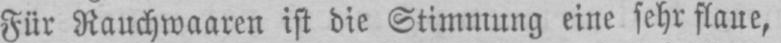
Für Rauchwaaren ist die Stimmung eine sehr flaue,